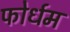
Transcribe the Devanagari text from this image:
फोर्धम